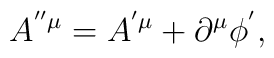
A^{^{\prime\prime}\mu}=A^{^{\prime}\mu}+\partial^\mu \phi^{^{\prime}},